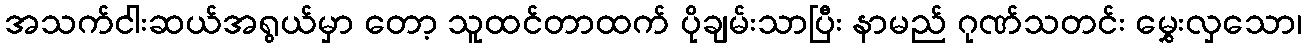
အသက်ငါးဆယ်အရွယ်မှာ တော့ သူထင်တာထက် ပိုချမ်းသာပြီး နာမည် ဂုဏ်သတင်း မွှေးလှသော၊